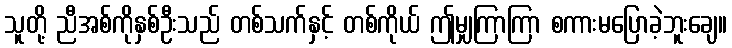
သူတို့ ညီအစ်ကိုနှစ်ဦးသည် တစ်သက်နှင့် တစ်ကိုယ် ဤမျှကြာကြာ စကားမပြောခဲ့ဘူးချေ။